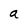
Character: a